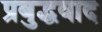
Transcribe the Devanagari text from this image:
प्रबुद्धवाद